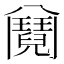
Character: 𩰕